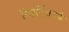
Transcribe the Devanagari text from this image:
रिझॉर्ट्‌सतर्फे